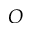
O